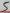
Text: 6